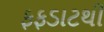
ફફડાટથી